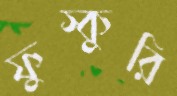
ফুস্কুরি